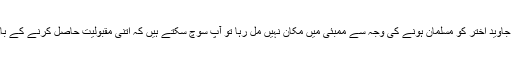
شبانہ اعظمی نے پروگرام کے دوران انتہائی غمزدہ لہجے میں کہا کہ "انہیں اور ان کے شوہر جاوید اختر کو مسلمان ہونے کی وجہ سے ممبئی میں مکان نہیں مل رہا تو آپ سوچ سکتے ہیں کہ اتنی مقبولیت حاصل کرنے کے باوجود اگر وہ ممبئی میں مکان حاصل نہیں کرسکتے تو ایک عام مسلمان کے ساتھ کیا ہوتا ہوگا۔